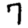
Digit: 7